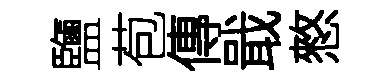
鹽苞傳戢憗